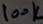
Text: 100K